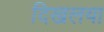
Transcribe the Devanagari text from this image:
दिखलया